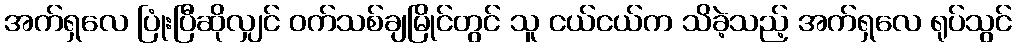
အက်ရှလေ ပြုံးပြီဆိုလျှင် ဝက်သစ်ချမြိုင်တွင် သူ ငယ်ငယ်က သိခဲ့သည့် အက်ရှလေ ရုပ်သွင်